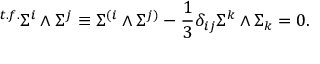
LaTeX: { } ^ { t . f . } \Sigma ^ { i } \wedge \Sigma ^ { j } \equiv \Sigma ^ { ( i } \wedge \Sigma ^ { j ) } - { \frac { 1 } { 3 } } \delta _ { i j } \Sigma ^ { k } \wedge \Sigma _ { k } = 0 .